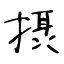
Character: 摂